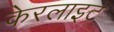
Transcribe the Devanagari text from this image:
केरलाइट